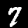
Label: 7